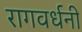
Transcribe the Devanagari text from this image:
रागवर्धनी